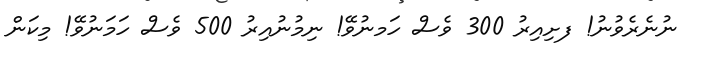
ނުނެރެވުނު! ފށިއިރު 300 ވެސް ހަމނުވޭ! ނިމުނުއިރު 500 ވެސް ހަމަނުވޭ! މިކަން